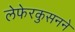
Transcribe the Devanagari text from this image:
लेफेरकुसनने